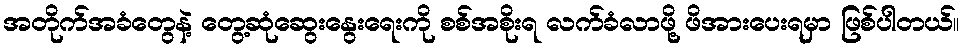
အတိုက်အခံတွေနဲ့ တွေ့ဆုံဆွေးနွေးရေးကို စစ်အစိုးရ လက်ခံလာဖို့ ဖိအားပေးရမှာ ဖြစ်ပါတယ်။